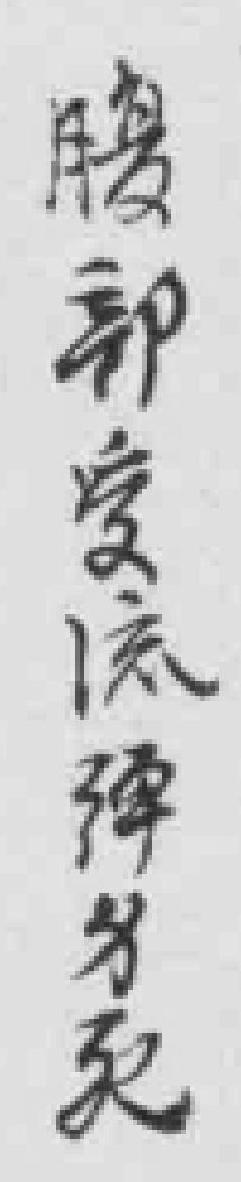
腹部受依彈牙兔